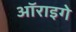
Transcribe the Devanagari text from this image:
ऑराइगे